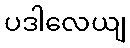
ပဒါလေယျ